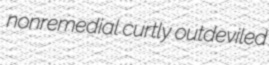
nonremedial curtly outdeviled